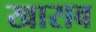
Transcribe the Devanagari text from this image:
खाराब